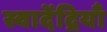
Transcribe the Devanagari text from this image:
स्वादेंद्रियाँ